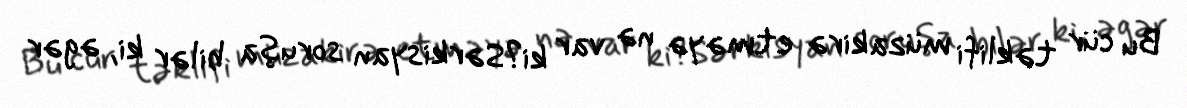
Bu cür təklifi müzakirə etməyə nə var ki?Sərkisyan soruşa bilər ki, əgər